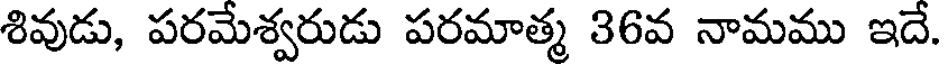
శివుడు, పరమేశ్వరుడు పరమాత్మ 36వ నామము ఇదే.